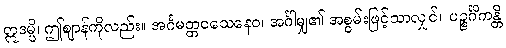
ဣဒမ္ပိ၊ ဤဈာန်ကိုလည်း။ အင်္ဂမတ္တဝသေနေဝ၊ အင်္ဂါမျှ၏ အစွမ်းဖြင့်သာလျှင်။ ပဉ္စင်္ဂိကန္တိ